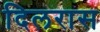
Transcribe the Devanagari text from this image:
दिलरास